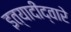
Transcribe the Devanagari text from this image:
इत्यादींद्वारे